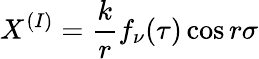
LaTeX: X^{(I)}={\displaystyle\frac{k}{r}f_{\nu}(\tau)\cos r\sigma}